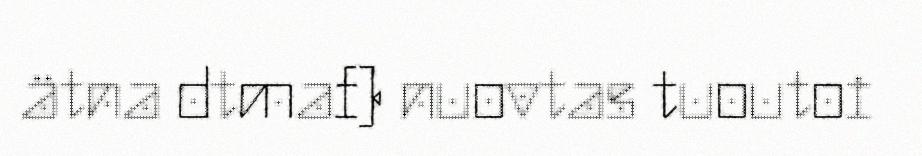
ätna dtmaf) nuovtas tuoutoi